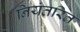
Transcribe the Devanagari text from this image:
नियंतरित